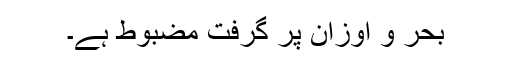
بحر و اوزان پر گرفت مضبوط ہے۔